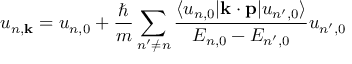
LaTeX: u _ { n , \mathbf { k } } = u _ { n , 0 } + { \frac { \hbar } { m } } \sum _ { n ^ { \prime } \neq n } { \frac { \langle u _ { n , 0 } | \mathbf { k } \cdot \mathbf { p } | u _ { n ^ { \prime } , 0 } \rangle } { E _ { n , 0 } - E _ { n ^ { \prime } , 0 } } } u _ { n ^ { \prime } , 0 }